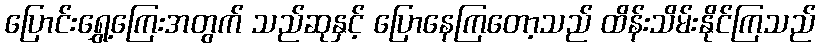
ပြောင်းရွှေ့ကြေးအတွက် သည်ဆုနှင့် ပြောနေကြတော့သည် ထိန်းသိမ်းနိုင်ကြသည်